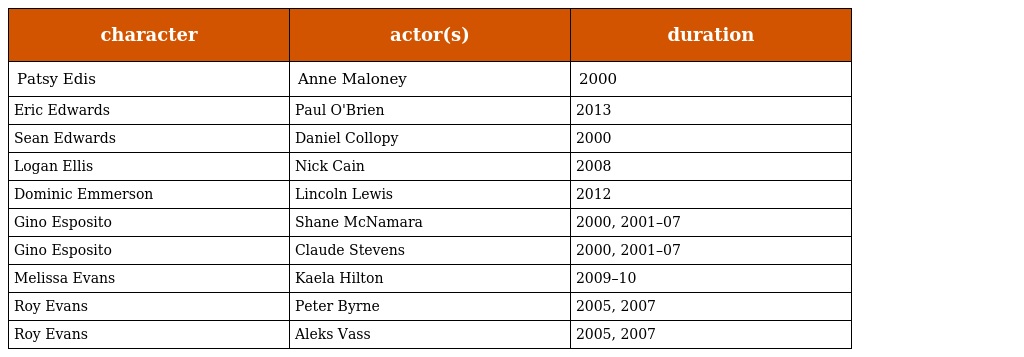
| character | actor(s) | duration |
 | --- | --- | --- |
 | Patsy Edis | Anne Maloney | 2000 |
 | Eric Edwards | Paul O'Brien | 2013 |
 | Sean Edwards | Daniel Collopy | 2000 |
 | Logan Ellis | Nick Cain | 2008 |
 | Dominic Emmerson | Lincoln Lewis | 2012 |
 | Gino Esposito | Shane McNamara | 2000, 2001–07 |
 | Gino Esposito | Claude Stevens | 2000, 2001–07 |
 | Melissa Evans | Kaela Hilton | 2009–10 |
 | Roy Evans | Peter Byrne | 2005, 2007 |
 | Roy Evans | Aleks Vass | 2005, 2007 |